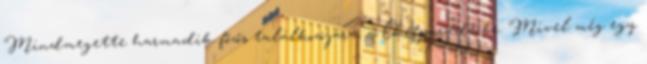
Mindmegette harmadik főzős találkozójára, a Chefparade-be. Mivel még egy